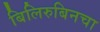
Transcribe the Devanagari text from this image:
बिलिरुबिनचा